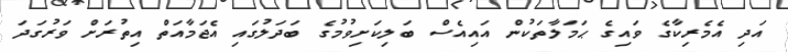
އަދި އެމެރިކާގެ ވައިގެ ޙަމަލާތަކުން އައިއެސް ބަލިކަށިވުމުގެ ބަދަލުގައި އެޖަމާއަތް އިތުރަށް ވަރުގަދަ